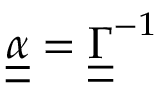
\underline { { \underline { { \alpha } } } } = \underline { { \underline { { \Gamma } } } } ^ { - 1 }